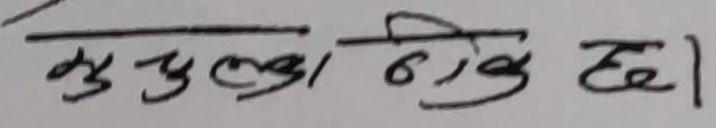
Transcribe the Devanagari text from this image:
मु चुल्का ठिक छ।